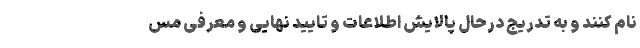
نام کنند و به تدریج درحال پالایش اطلاعات و تایید نهایی و معرفی مس